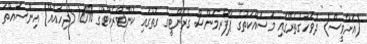
(އަށާވީސް) ދުވަހުގެތެރޭގައި މަސައްކަތުގެ ޕާފޯރމަންސް ގެރެންޓީގެ ގޮތުގައި ކޮންޓްރެކްޓްގެ %10 (ދިހައެއް) އިންސައްތަ